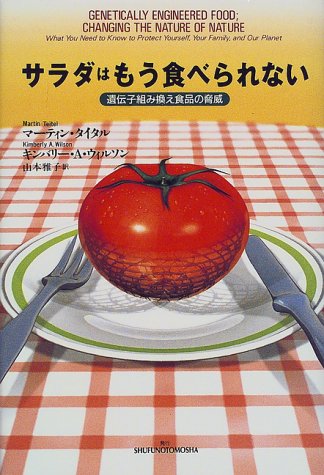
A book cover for Salad I can not eat anymore - the threat of genetically modified foods ISBN: 4072279277 (2000) [Japanese Import]; Health, Fitness & Dieting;